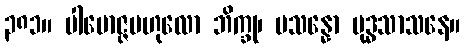
၃၈၁။ ပါမောဇ္ဇဗဟုလော ဘိက္ခု၊ ပသန္နော ဗုဒ္ဓသာသနေ။